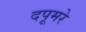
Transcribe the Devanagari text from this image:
दपूमरे